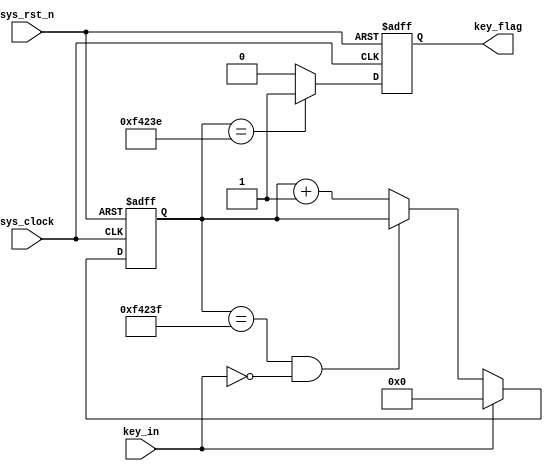
module key_filter
#(
	parameter CNT_MAX = 20'd999_999
)
(
	input  wire  sys_clock ,
	input  wire  sys_rst_n ,
	input  wire  key_in ,
	
	output reg   key_flag
);

reg	[19:0]	cnt_20ms;

//cnt_20ms 20ms
always@(posedge sys_clock or negedge sys_rst_n)
	if(sys_rst_n == 1'b0)
		cnt_20ms <= 1'b0;
	else if(key_in == 1'b1)
		cnt_20ms <= 1'b0;
	else if(cnt_20ms == CNT_MAX && key_in == 1'b0)
		cnt_20ms <= cnt_20ms;
	else
		cnt_20ms <= cnt_20ms + 1'b1;

//key flag
always@(posedge sys_clock or negedge sys_rst_n)
	if(sys_rst_n == 1'b0)
		key_flag <= 1'b0;
	else if(cnt_20ms == CNT_MAX - 1'b1)
		key_flag <= 1'b1;
	else
		key_flag <= 1'b0;


endmodule